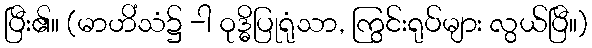
ပြီး၏။ (မာဟိံသံ၌ -ါ ဝုဒ္ဓိပြုရုံသာ, ကြွင်းရုပ်များ လွယ်ပြီ။)